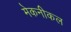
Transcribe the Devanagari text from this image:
मेकनीकल